Indian journal of veterinary science and animal husbandry - Volume 5,
Year: 1935
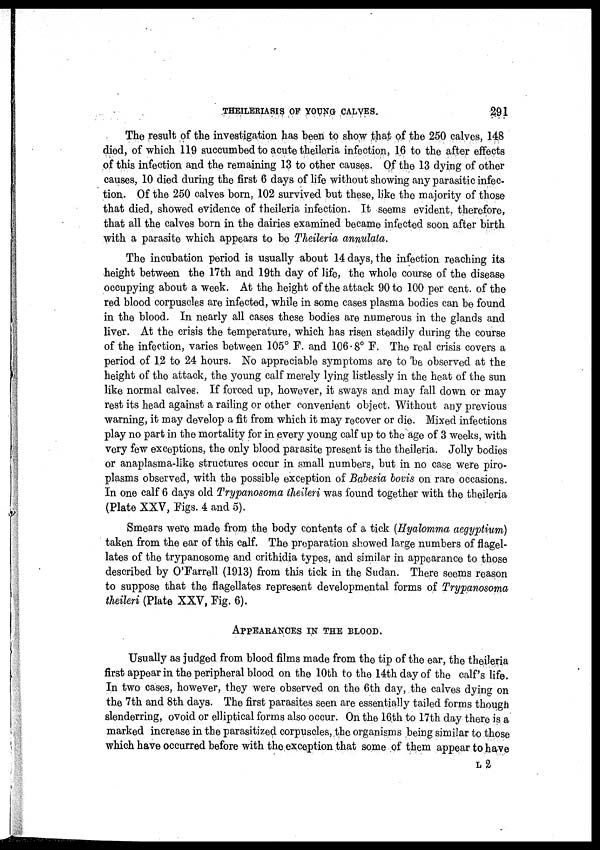
THEILERIASIS OF YOUNG CALVES.
291
The result of the investigation has been to show that of the 250 calves, 148
died, of which 119 succumbed to acute theileria infection, 16 to the after effects
of this infection and the remaining 13 to other causes. Of the 13 dying of other
causes, 10 died during the first 6 days of life without showing any parasitic infec-
tion. Of the 250 calves born, 102 survived but these, like the majority of those
that died, showed evidence of theileria infection. It seems evident. therefore,
that all the calves born in the dairies examined became infected soon after birth
with a parasite which appears to be Theileria annulata.
The incubation period is usually about 14 days, the infection reaching its
height between the 17th and 19th day of life, the whole course of the disease
occupying about a week. At the height of the attack 90 to 100 per cent. of the
red blood corpuscles are infected, while in some cases plasma bodies can be found
in the blood. In nearly all cases these bodies are numerous in the glands and
liver. At the crisis the temperature, which has risen steadily during the course
of the infection, varies between 105° F. and 106.8° F. The real crisis covers a
period of 12 to 24 hours. No appreciable symptoms are to be observed at the
height of the attack, the young calf merely lying listlessly in the heat of the sun
like normal calves. If forced up, however, it sways and may fall down or may
rest its head against a railing or other convenient object. Without any previous
warning, it may develop a fit from which it may recover or die. Mixed infections
play no part in the mortality for in every young calf up to the age of 3 weeks, with
very few exceptions, the only blood parasite present is the theileria. Jolly bodies
or anaplasma-like structures occur in small numbers, but in no case were piro-
plasms observed, with the possible exception of Babesia bovis on rare occasions.
In one calf 6 days old Trypanosoma theileri was found together with the theileria
(Plate XXV, Figs. 4 and 5).
Smears were made from the body contents of a tick (Hyalomma aegyptium)
taken from the ear of this calf. The preparation showed large numbers of flagel-
lates of the trypanosome and crithidia types, and similar in appearance to those
described by O'Farrell (1913) from this tick in the Sudan. There seems reason
to suppose that the flagellates represent developmental forms of Trypanosoma
theileri (Plate XXV, Fig. 6).
APPEARANCES IN THE BLOOD.
Usually as judged from blood films made from the tip of the ear, the theileria
first appear in the peripheral blood on the 10th to the 14th day of the calf's life.
In two cases, however, they were observed on the 6th day, the calves dying on
the 7th and 8th days. The first parasites seen are essentially tailed forms though
slenderring, ovoid or elliptical forms also occur. On the 16th to 17th day there is a
marked increase in the parasitized corpuscles, the organisms being similar to those
which have occurred before with the exception that some of them appear to have
L 2